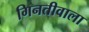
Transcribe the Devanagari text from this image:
गिनतीवाला